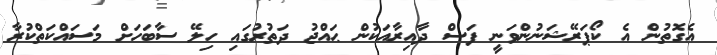
އެގޮތުން އެ ކޯޕަރޭޝަނުންވަނީ ފަސް ދާއިރާއަކުން ޙައްޖު ދަތުރުގައި ހިލޭ ސާބަހަށް މަސައްކަތްކުރާ